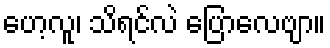
ဟေ့လူ၊ သိရင်လဲ ပြောလေဗျာ။